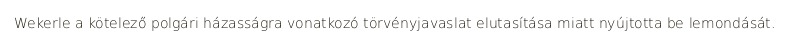
Wekerle a kötelező polgári házasságra vonatkozó törvényjavaslat elutasítása miatt nyújtotta be lemondását.